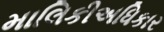
માલિકીઅધિકાર